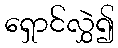
ရှောင်လွှဲ၍